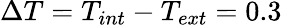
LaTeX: \Delta T=T_{int}-T_{ext}=0.3